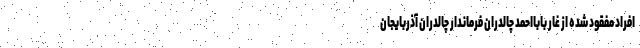
افراد مفقود شده از غار بابااحمد چالدران فرماندار چالدران آذربایجان